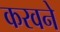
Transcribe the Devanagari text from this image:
करवने